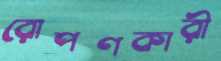
রোপণকারী